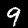
Label: 9